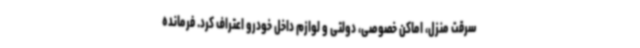
سرقت منزل، اماکن خصوصی، دولتی و لوازم داخل خودرو اعتراف کرد. فرمانده